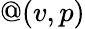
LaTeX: @(v,p)